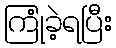
ကြုံခဲ့ရပြီး